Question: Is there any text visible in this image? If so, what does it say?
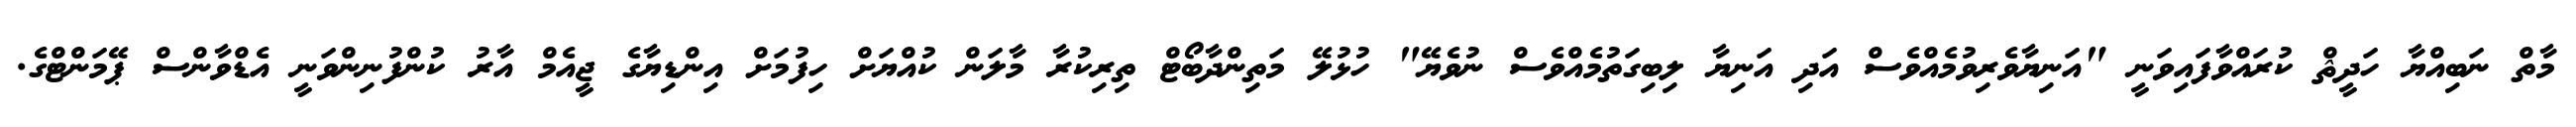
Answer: މާތް ނަބިއްޔާ ހަދީޘް ކުރައްވާފައިވަނީ "އަނިޔާވެރިވުމެއްވެސް އަދި އަނިޔާ ލިބިގަތުމެއްވެސް ނުވެޔޭ" ހުޅުލޭ މަތިންދާބޯޓް ތިރިކުރާ މާލަން ކުއްޔަށް ހިފުމަށް އިންޑިޔާގެ ޖީއެމް އާރު ކުންފުނިންވަނީ އެޑްވާންސް ޕޭމަންޓްގެ.